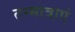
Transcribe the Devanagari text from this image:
तन्मात्राएं